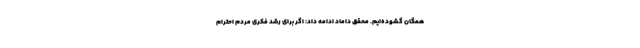
همگان گشوده‌ایم. محقق داماد ادامه داد: اگر برای رشد فکری مردم احترام